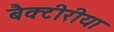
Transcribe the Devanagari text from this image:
बैक्टीरीया